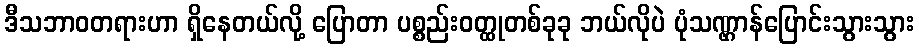
ဒီသဘာဝတရားဟာ ရှိနေတယ်လို့ ပြောတာ ပစ္စည်းဝတ္ထုတစ်ခုခု ဘယ်လိုပဲ ပုံသဏ္ဌာန်ပြောင်းသွားသွား